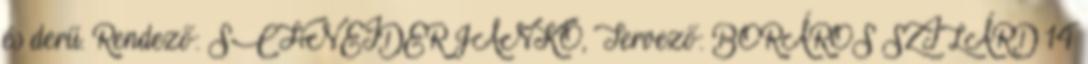
és derű. Rendező: SCHNEIDER JANKÓ, Tervező: BORÁROS SZILÁRD 14